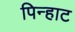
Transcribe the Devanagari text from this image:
पिन्हाट